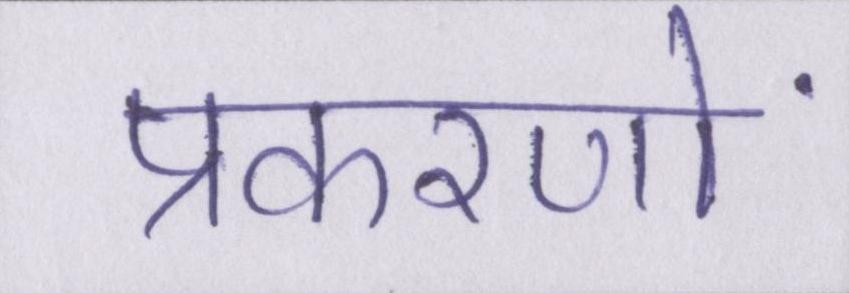
प्रकरणों